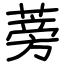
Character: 蒡